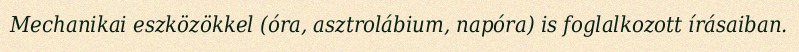
Mechanikai eszközökkel (óra, asztrolábium, napóra) is foglalkozott írásaiban.